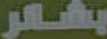
بشائر